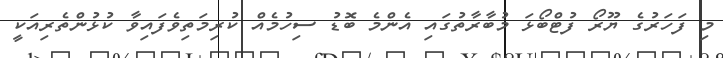
މި ފަހަރުގެ ޔޫރޯ ފުޓްބޯޅަ މުބާރާތުގައި އެންމެ ބޮޑު ސިހުމެއް ކުރިމަތިވެފައިވާ ކުޅުންތެރިއަކީ